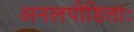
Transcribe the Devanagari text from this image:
अनलपीडिताः